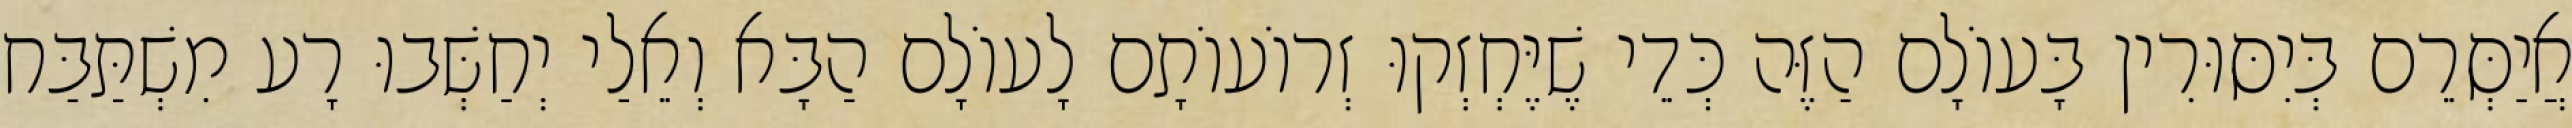
אֲיַסְּרֵם בְּיִסּוּרִין בָּעוֹלָם הַזֶּה כְּדֵי שֶׁיֶּחְזְקוּ זְרוֹעוֹתָם לָעוֹלָם הַבָּא וְאֵלַי יְחַשְּׁבוּ רָע מִשְׁתַּבַּח